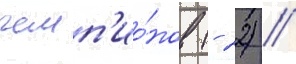
чемп'ио́нов (- 22) //